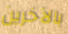
بالآخرين